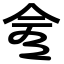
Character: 𠆭